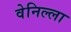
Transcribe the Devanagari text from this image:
वेनिल्ला